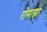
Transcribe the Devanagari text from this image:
रोमाग्ना